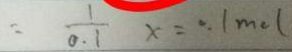
= \frac { 1 } { 0 . 1 } x = 0 . 1 m o l